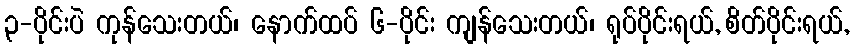
၃-ပိုင်းပဲ ကုန်သေးတယ်၊ နောက်ထပ် ၆-ပိုင်း ကျန်သေးတယ်၊ ရုပ်ပိုင်းရယ်, စိတ်ပိုင်းရယ်,